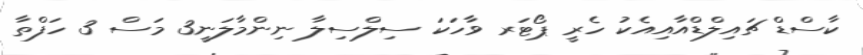
ކާސްޑް ޗައިލްޑްއާއިއެކު ހެރީ ޕޯޓަރ ވާހަކަ ސިލްސިލާ ނިންމާލަނީ3 މަސް 3 ހަފްތާ